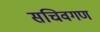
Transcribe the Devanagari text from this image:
सचिवगण